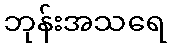
ဘုန်းအသရေ